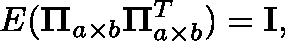
\mathbb { E } ( \mathbf { \Pi } _ { a \times b } \mathbf { \Pi } _ { a \times b } ^ { T } ) = \mathbf { I } ,